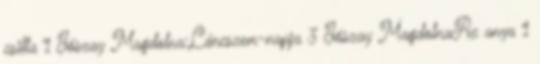
csilla 1 Jószay Magdolna:Láncszem-napja 3 Jószay MagdolnaAz anya 1